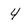
Character: 4